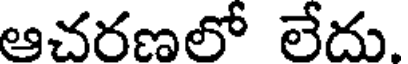
ఆచరణలో లేదు.